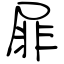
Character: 屝